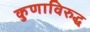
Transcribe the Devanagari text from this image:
कुणाविरुद्ध